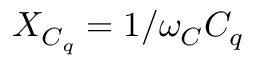
X _ { C _ { q } } = 1 / \omega _ { C } C _ { q }